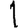
Digit: 1